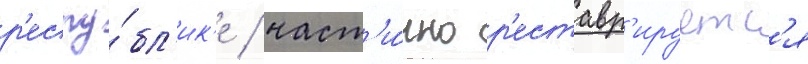
р'еспу́бл'ик'е / част'и́чно р'еставр'ируетс'я